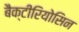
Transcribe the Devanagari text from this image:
बैक्टीरियोसिन